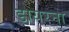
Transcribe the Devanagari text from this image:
डायरना